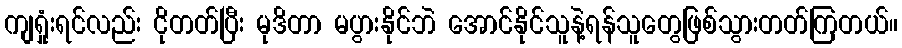
ကျရှုံးရင်လည်း ငိုတတ်ပြီး မုဒိတာ မပွားနိုင်ဘဲ အောင်နိုင်သူနဲ့ရန်သူတွေဖြစ်သွားတတ်ကြတယ်။